King Institute of Preventive Medicine Micro-Biological Section reports 1909-11
Year: 1909
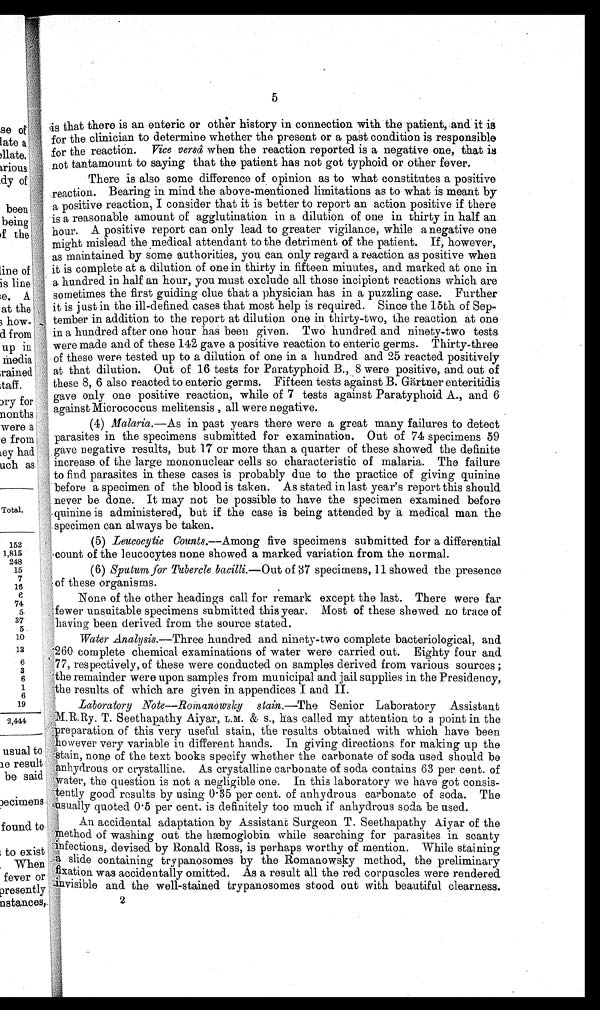
5
is that there is an enteric or other history in connection with the patient, and. it i8
for the clinician to determine whether the present or a past condition is responsible
for the reaction. Vice versa When the reaction reported is a negative one, that is
not tantamount to saying that the patient has not got typhoid or other fever.
There is also some difference of opinion as to what constitutes a positive
reaction. Bearing in mind the above-mentioned limitations as to what is meant by
a, positive reaction, I consider that it is better to report an action positive if there
is a reasonable amount of agglutination in a dilution of one in thirty in half an
hour. A positive report can only lead to greater vigilance, while a negative one
might mislead the ,medical attendant to the detriment of the patient. If, however,
as maintained by some authorities, you can only regard a reaction as positive when
it is complete at a dilution of one in thirty in fifteen minutes, and marked at one in
a hundred in half an hour, you must exclude all those incipient reactions which are
sometimes the first guiding clue that a physician has in a puzzling case. Further
it is just in the ill-defined cases that most help is required. Since the 15th of Sep-
tember in addition to the report at dilution one in thirty-two, the reaction at one
in a hundred after one hour has been given. Two hundred and ninety-two tests
were made and of these 142 gave a positive reaction to enteric germs. Thirty-three
of these were tested up to a dilution of one in a hundred and 25 reacted positively
at that dilution. Out of 16 tests for Paratyphoid. B., 8 were positive, and out of
these 8, 6 also reacted to enteric germs. Fifteen tests against B. Gartner euteritidis
gave only one positive reaction, while of 7 tests against Paratyphoid A., and 6
against Micrococcus melitensis , all were negative.
(4) Malaria.—As in past years there were a great many failures to detect
parasites in the specimens submitted for examination. Out of 74 specimens 59
gave negative results, but 17 or more than a quarter of these showed the definite
increase of the large mononuclear cells so characteristic of malaria. The failure
to find parasites in these cases is probably due to the practice of giving quinine
before a specimen of the blood is taken. As stated in last year's report this should
never be done. It may not be possible to have the specimen examined before
.quinine is administered, but if the case is being attended by a medical man the
!.specimen can always be taken.
(5) Leucocytic Counts.--Among five specimens submitted for a differential
count of the leucocytes none showed a marked variation from the normal.
1
(6) Sputum for Tubercle bacilli.—Out of 37 specimens, 11 showed the presence
of these organisms.
None of the other headings call for remark except the last. There were far
fewer unsuitable specimens submitted this year. Most of these she-wed no trace of
having been derived from the source stated.
Water Analysis.—Three hundred and ninety-two complete bacteriological, and
-260 complete chemical examinations of water were carried out. Eighty four and
77, respectively, of these were conducted on samples derived from various sources ;
-the remainder were upon samples from municipal and jail supplies in, the Presidency,
-the results of which are given in appendices I and II.
1
Laboratory Note—Romanowsky stain.—The Senior Laboratory Assistant
M.R.Ry. T. Seethapathy Aiyar, L.M. &. s., has called my attention to a point in the
reparation of this very useful stain, the results obtained with which have been
however very variable in different hands. In giving directions for making up the
stain, none of the text books specify whether the carbonate of soda used should be
;'
Anhydrous or crystalline. As crystalline carbonate of soda contains 63 per cent. of
water, the question is not a negli g ible one. In this laboratory we have got consis-
-gently good results by using 0 . 35r'per cent. of anhydrous carbonate of soda. The
r usitally quoted 0 . 5 per cent. is definitely too much if anhydrous soda be used.
, An accidental adaptation by Assistant Surgeon T. Seethapathy Aiyar of the
method of washing out the hæmoglobin while searching for parasites in scanty
- infections, devised. by Ronald Ross, is perhaps worthy of mention. While staining
a s l i d e c o n t a i n i n g
inin trypanosomes by the Romanowsky method, the preliminary
0
*
fixation was accidentally omitted. As a result all the red corpuscles were rendered
visible and the well-stained trypanosomes stood out with beautiful clearness.
2